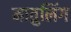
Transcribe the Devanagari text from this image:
मातुलिंग